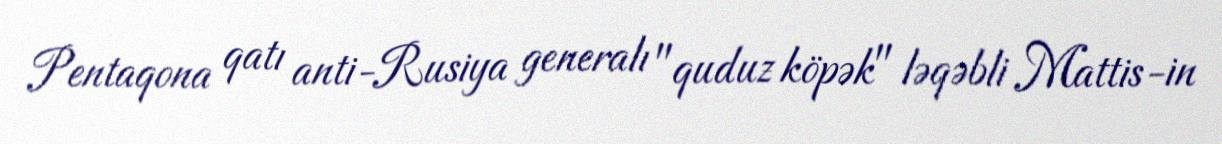
Pentaqona qatı anti-Rusiya generalı "quduz köpək" ləqəbli Mattis-in